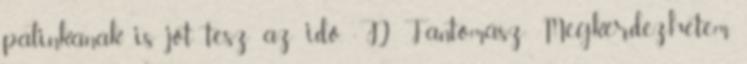
pálinkának is jót tesz az idő. :D Fantomász: Megkérdezhetem,